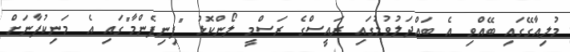
މުލިއާގޭގައި ބޭއްވި އެ ބައްދަލުވުމުގައި ރައީސްގެ ރަސްމީ ލޯންކޮޅު "ފިނިފެންމާ"ގައި އެ މަނިކުފާނަށް